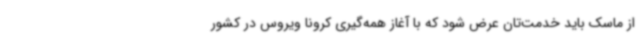
از ماسک باید خدمت‌تان عرض شود که با آغاز همه‌گیری کرونا ویروس در کشور